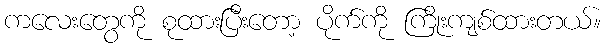
ကလေးတွေကို စုထားပြီးတော့ ပိုက်ကို ကြိုးကျစ်ထားတယ်။